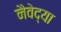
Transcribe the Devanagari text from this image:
नैवेद्या